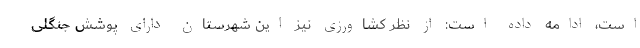
است، ادامه داده است: از نظر کشاورزی نیز این شهرستان دارای پوشش جنگلی